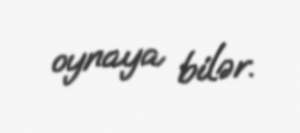
oynaya bilər.